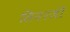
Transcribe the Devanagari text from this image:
सिनरजी